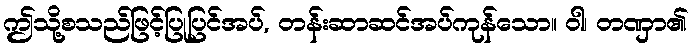
ဤသို့စသည်ဖြင့်ပြုပြင်အပ်, တန်းဆာဆင်အပ်ကုန်သော။ ဝါ၊ တဏှာ၏